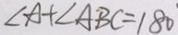
\angle A + \angle A B C = 1 8 0